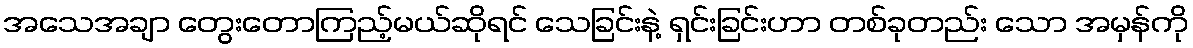
အသေအချာ တွေးတောကြည့်မယ်ဆိုရင် သေခြင်းနဲ့ ရှင်းခြင်းဟာ တစ်ခုတည်း သော အမှန်ကို